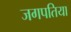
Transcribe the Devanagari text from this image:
जगपतिया